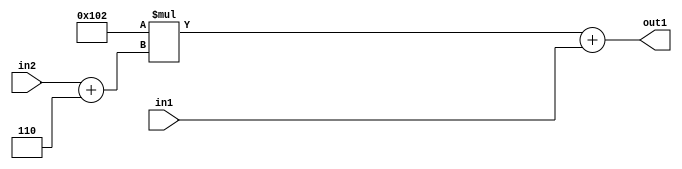
`timescale 1ps / 1ps
/*****************************************************************************
    Verilog RTL Description
    
    
    Created by: Stratus DpOpt 2019.1.01 
*******************************************************************************/

module DC_Filter_Add2u9Mul2i258Add2i6u2_4 (
	in2,
	in1,
	out1
	); /* architecture "behavioural" */ 
input [1:0] in2;
input [8:0] in1;
output [11:0] out1;
wire [11:0] asc001;
wire [3:0] asc002;

assign asc002 = 
	+(in2)
	+(4'B0110);

wire [11:0] asc001_tmp_0;
assign asc001_tmp_0 = 
	+(12'B000100000010 * asc002);
assign asc001 = asc001_tmp_0
	+(in1);

assign out1 = asc001;
endmodule

/* CADENCE  uLj4Qw8= : u9/ySgnWtBlWxVPRXgAZ4Og= ** DO NOT EDIT THIS LINE ******/